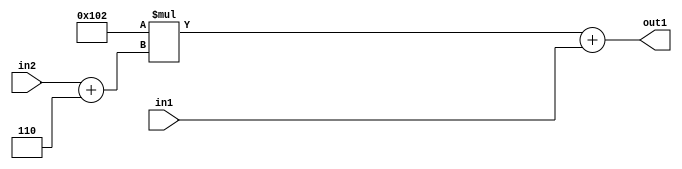
`timescale 1ps / 1ps
/*****************************************************************************
    Verilog RTL Description
    
    
    Created by: Stratus DpOpt 2019.1.01 
*******************************************************************************/

module DC_Filter_Add2u9Mul2i258Add2i6u2_4 (
	in2,
	in1,
	out1
	); /* architecture "behavioural" */ 
input [1:0] in2;
input [8:0] in1;
output [11:0] out1;
wire [11:0] asc001;
wire [3:0] asc002;

assign asc002 = 
	+(in2)
	+(4'B0110);

wire [11:0] asc001_tmp_0;
assign asc001_tmp_0 = 
	+(12'B000100000010 * asc002);
assign asc001 = asc001_tmp_0
	+(in1);

assign out1 = asc001;
endmodule

/* CADENCE  uLj4Qw8= : u9/ySgnWtBlWxVPRXgAZ4Og= ** DO NOT EDIT THIS LINE ******/